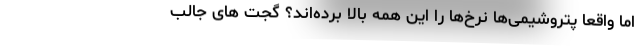
اما واقعا پتروشیمی‌ها نرخ‌ها را این همه بالا برده‌اند؟ گجت های جالب